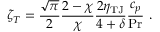
\zeta _ { T } = \frac { \sqrt { \pi } } { 2 } \frac { 2 - \chi } { \chi } \frac { 2 \eta _ { \mathrm { T J } } } { 4 + \delta } \frac { c _ { p } } { \operatorname* { P r } } \mathrm { ~ . ~ }